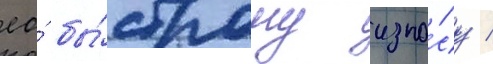
ео́ бы́строму изно́су /